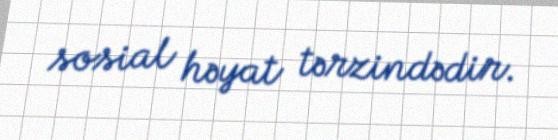
sosial həyat tərzindədir.